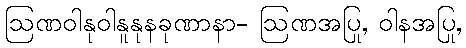
ဩဏဝါနုဝါနူနုနခုဏာနာ- ဩဏအပြု, ဝါနအပြု,